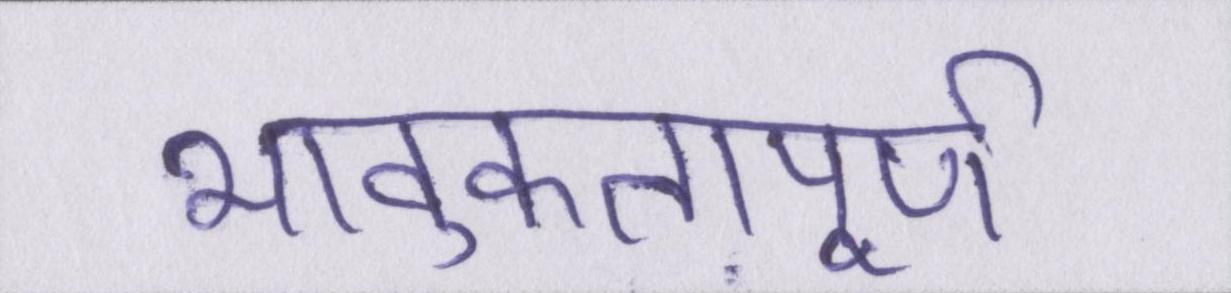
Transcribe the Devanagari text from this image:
भावुकतापूर्ण